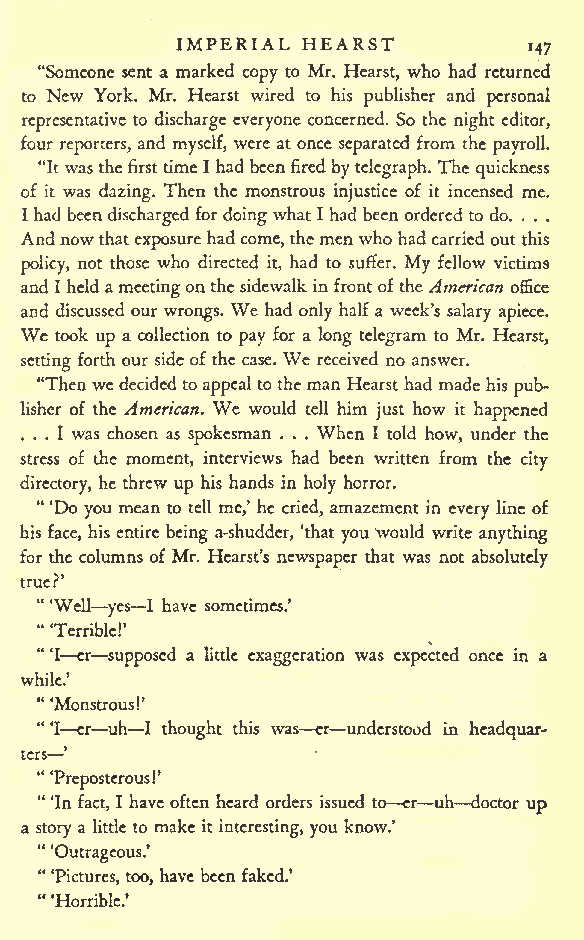
IMPERIAL HEARST
 147
 "Someone sent a marked copy to Mr. Hearst, who had returned
 to New York. Mr. Hearst wired to his publisher and personal
 representative to discharge everyone concerned. So the night editor,
 four reporters, and myself, were at once separated from the payroll.
 "It was thefirsttimeI had beenfired by telegraph. The quickness
 of it was dazing. Then the monstrous injustice of it incensed me.
 I had beendischarged for doing what I had been ordered to do. ...
 And nowthatexposurehadcome, themenwhohad carried out this
 policy, not those who directed it, had to suffer. My fellow victims
 and I held ameetingon thesidewalk infrontoftheAmerican office
 and discussed our wrongs. We had only half a week's salary apiece.
 We took up a collection to pay for a long telegram to Mr. Hearst,
 setting forth our sideof the case. We received no answer.
 "Thenwe decided toappeal to theman Hearst had madehis pub-
 lisher of the American. We would tell him just how it happened
 ... I was chosen as spokesman . . . When I told how, under the
 stress of the moment, interviews had been written from the city
 directory, he threw up his hands in holy horror.
 " 'Do you mean to tell me,' he cried, amazement in every line of
 his face, his entire being a-shudder, 'that you would write anything
 for the columns of Mr. Hearst's newspaper that was not absolutely
 true?'
 "
 'Well yes I have sometimes.'
 "
 Terrible!'
 " 'I er supposed a little exaggeration was expected once in a
 while.'
 "
 'Monstrous!'
 " 'I cr uh I thought this was er understood in headquar-
 ters'
 "
 'Preposterous!'
 " 'In fact, I have often heard orders issued to er uh doctor up
 a story a little to make it interesting, you know.'
 "
 'Outrageous.'
 " 'Pictures, too, have been faked.'
 "
 'Horrible.'